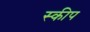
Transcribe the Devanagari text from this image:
स्कीप